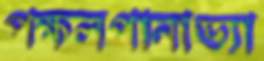
পক্ষলপানাভ্যা